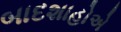
બાદશાહોએ